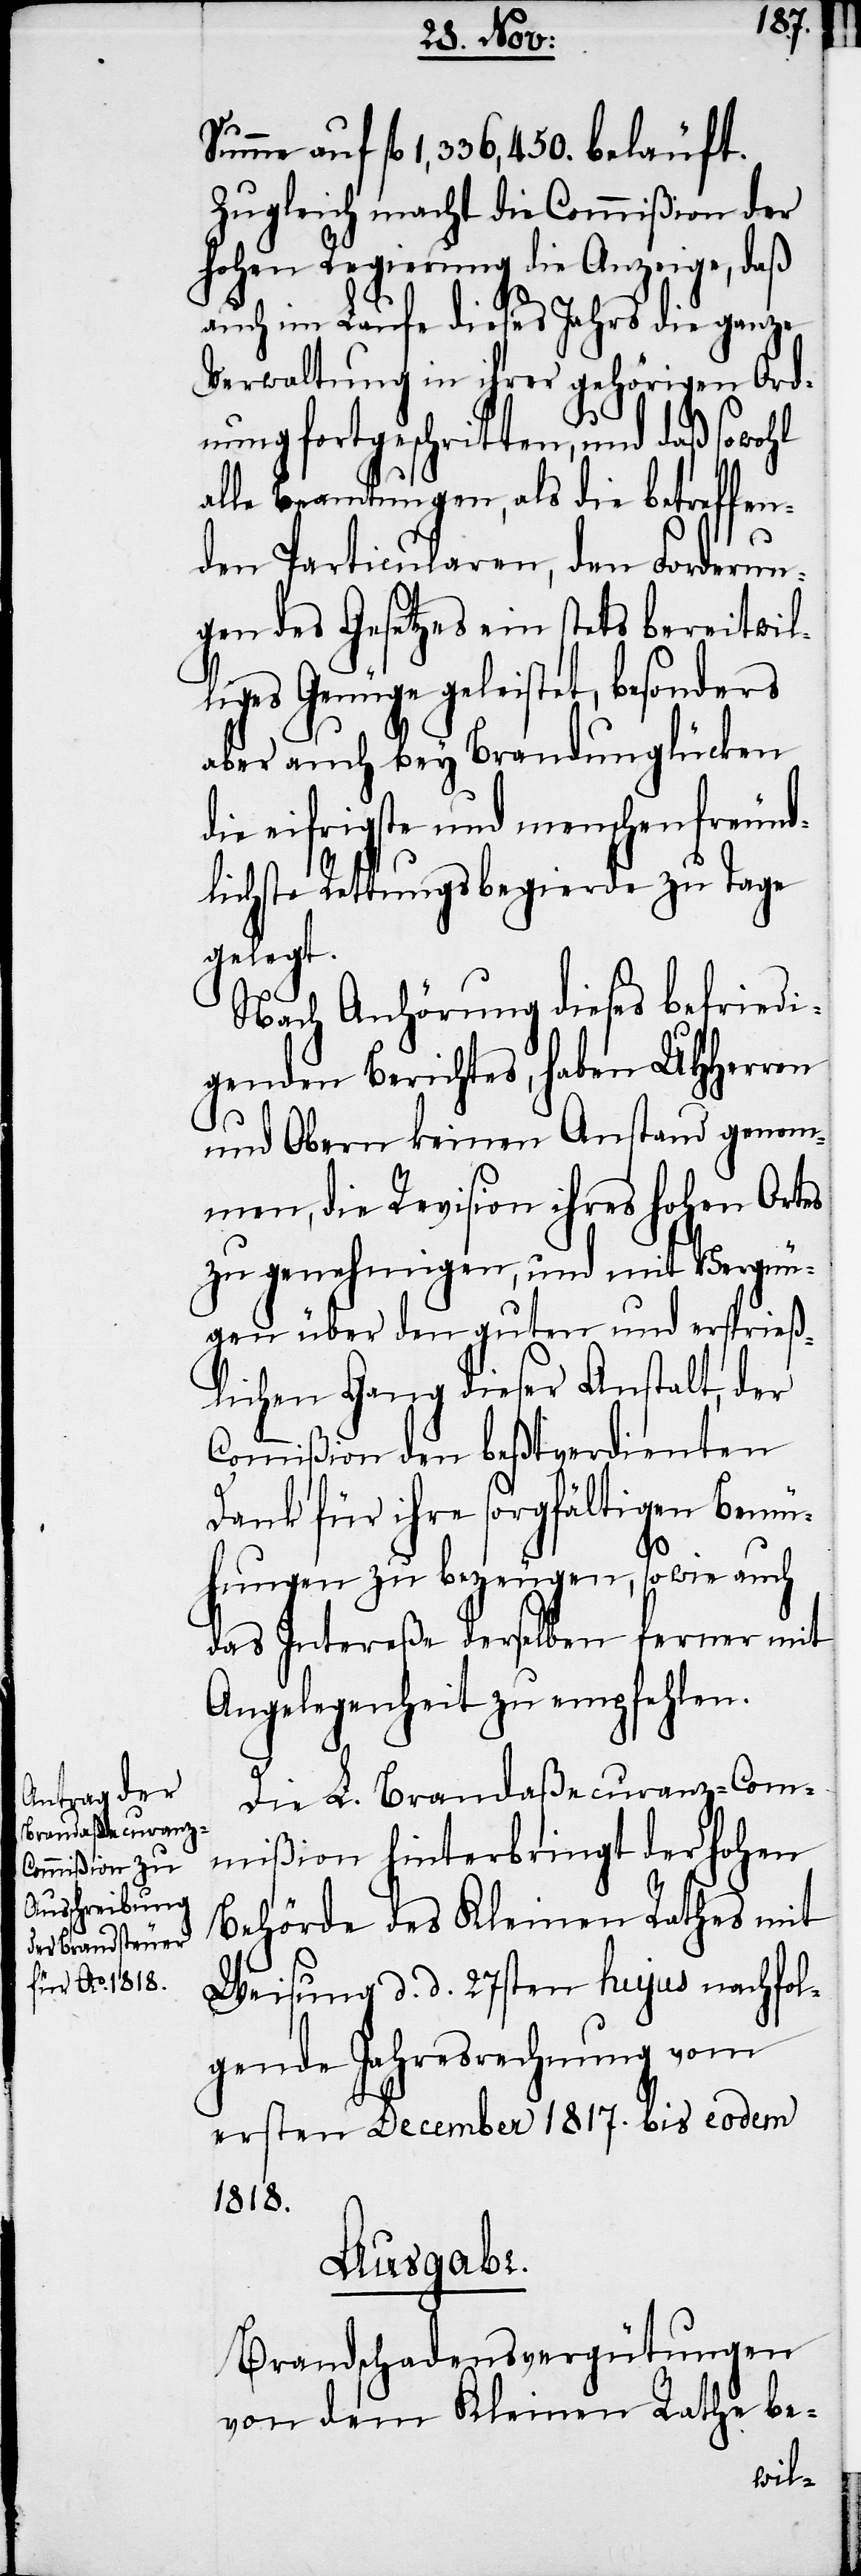
Summe auf fl 1,336,450. beläuft.
Zugleich macht die Commißion der
hohen Regierung die Anzeige, daß
auch im Laufe dieses Jahrs die ganze
Verwaltung in ihrer gehörigen Ord¬
nung fortgeschritten, und daß sowohl
alle Beamtungen, als die betreffen¬
den Particularen, den Forderun¬
gen des Gesetzes ein stets bereitwil¬
liges Genüge geleistet, besonders
aber auch bey Brandunglücken
die eifrigste und menschenfreund¬
lichste Rettungsbegierde zu Tage
gelegt.
Nach Anhörung dieses befriedi¬
genden Berichtes, haben UHHerren
und Obern keinen Anstand genom¬
men, die Revision ihres hohen Ortes
zu genehmigen, und mit Vergnü¬
gen über den guten und ersprieß¬
lichen Gang dieser Anstalt, der
Commißion den beßtverdienten
Dank für ihre sorgfältigen Bemü¬
hungen zu bezeugen, so wie auch
das Intereße derselben ferner mit
Angelegenheit zu empfehlen.
Die L. Brandaßecuranz-Com¬
mißion hinterbringt der hohen
Behörde des Kleinen Rathes mit
Weisung d. d. 27sten hujus nachfol¬
gende Jahresrechnung vom
ersten December 1817. bis eodem
1818.
Ausgabe.
Brandschadensvergütungen
von dem Kleinen Rathe be-